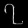
Digit: ၇